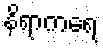
နိရာကရေ